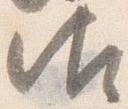
御